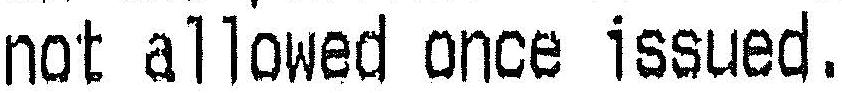
NOT ALLOWED ONCE ISSUED.